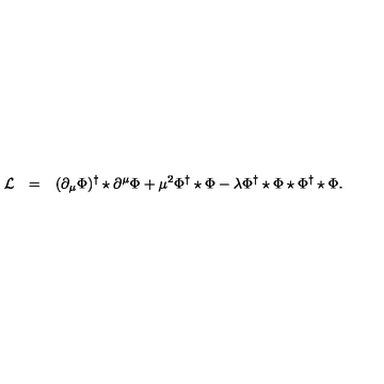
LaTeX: \begin{array} { r c l } { { \cal L } } & { = } & { \displaystyle ( \partial _ { \mu } \Phi ) ^ { \dagger } \star \partial ^ { \mu } \Phi + \mu ^ { 2 } \Phi ^ { \dagger } \star \Phi - \lambda \Phi ^ { \dagger } \star \Phi \star \Phi ^ { \dagger } \star \Phi . } \\ \end{array}